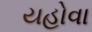
યહોવા